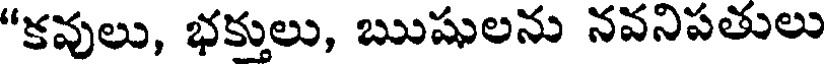
"కవులు, భక్తులు, ఋషులను నవనిపతులు